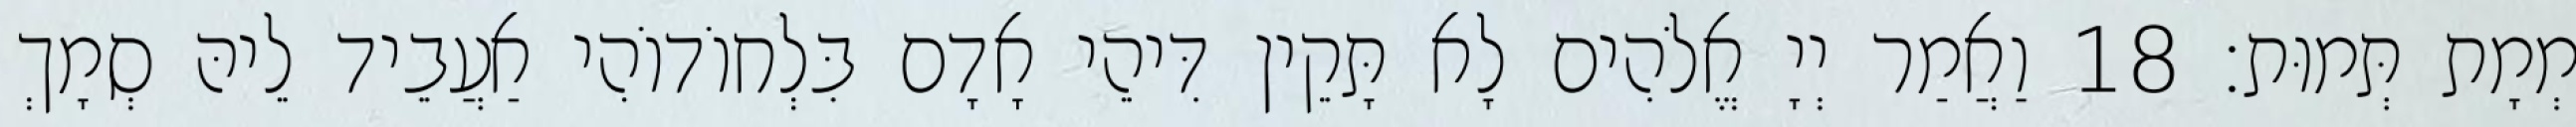
מְמָת תְּמוּת׃ 18 וַאֲמַר יְיָ אֱלֹהִים לָא תָּקֵין דִּיהֵי אָדָם בִּלְחוֹדוֹהִי אַעֲבֵיד לֵיהּ סְמָךְ